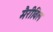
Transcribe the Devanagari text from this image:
मैरीविल